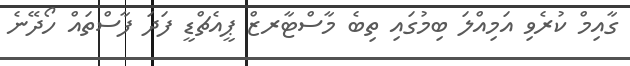
ގާއިމް ކުރެވި އަމިއްލަ ބިމުގައި ތިބެ މާސްޓާރޒް ޕީއެޗްޑީ ފަދަ ފާސްތައް ހޯދޭނެ